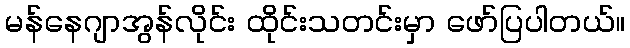
မန်နေဂျာအွန်လိုင်း ထိုင်းသတင်းမှာ ဖော်ပြပါတယ်။